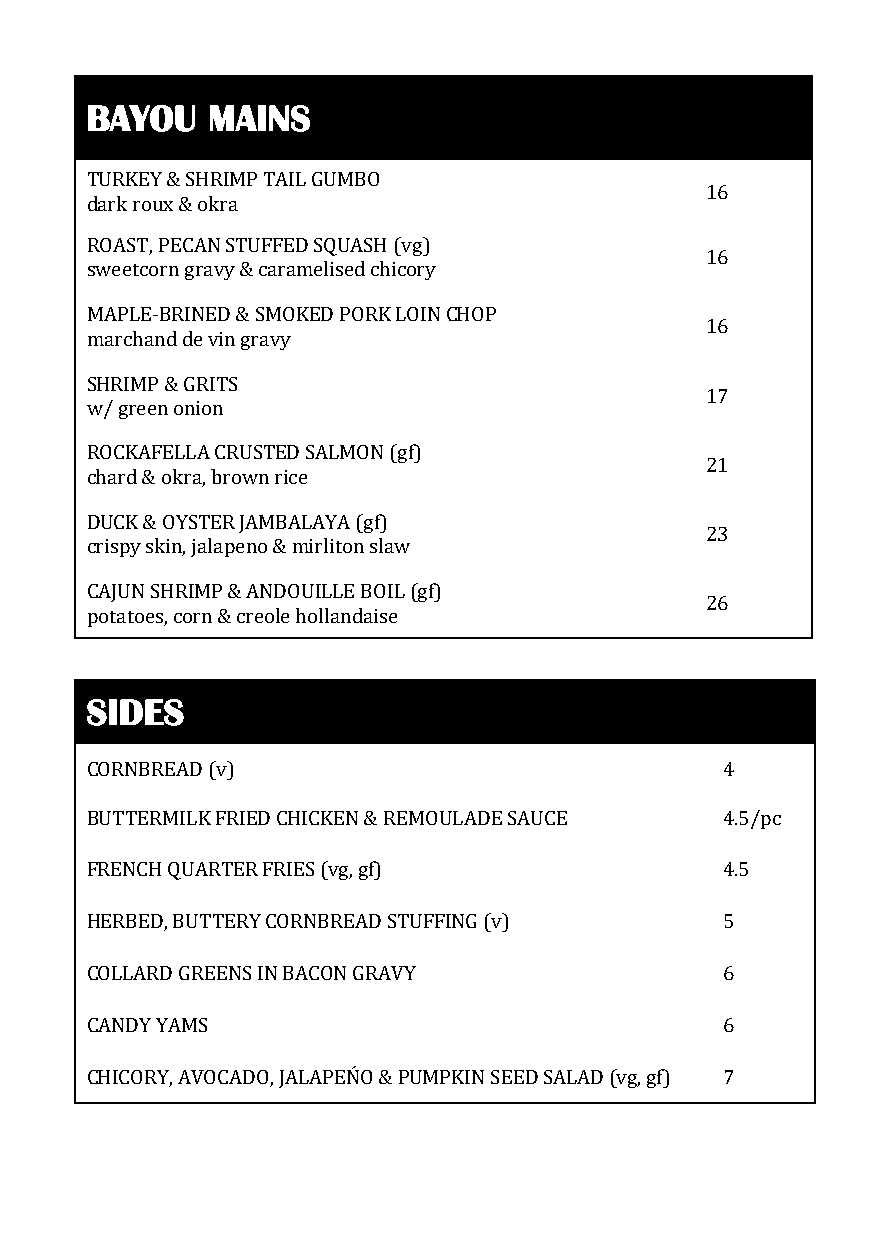
BAYOU   MAINS
 TURKEY & SHRIMP TAIL GUMBO
 16
 dark roux & okra
 ROAST, PECAN STUFFED SQUASH (vg)
 16
 sweetcorn gravy & caramelised chicory
 MAPLE-BRINED & SMOKED PORK LOIN CHOP
 16
 marchand de vin gravy
 SHRIMP & GRITS
 17
 w/ green onion
 ROCKAFELLA CRUSTED SALMON (gf)
 21
 chard & okra, brown rice
 DUCK & OYSTER JAMBALAYA (gf)
 23
 crispy skin, jalapeno & mirliton slaw
 CAJUN SHRIMP & ANDOUILLE BOIL (gf)
 26
 potatoes, corn & creole hollandaise
 SIDES
 CORNBREAD (v)                             4
 BUTTERMILK FRIED CHICKEN & REMOULADE SAUCE 4.5/pc
 FRENCH QUARTER FRIES (vg, gf)             4.5
 HERBED, BUTTERY CORNBREAD STUFFING (v)    5
 COLLARD GREENS IN BACON GRAVY             6
 CANDY YAMS                                6
 CHICORY, AVOCADO, JALAPEŃO & PUMPKIN SEED SALAD (vg, gf) 7